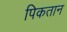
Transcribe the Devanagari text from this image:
पिकतान